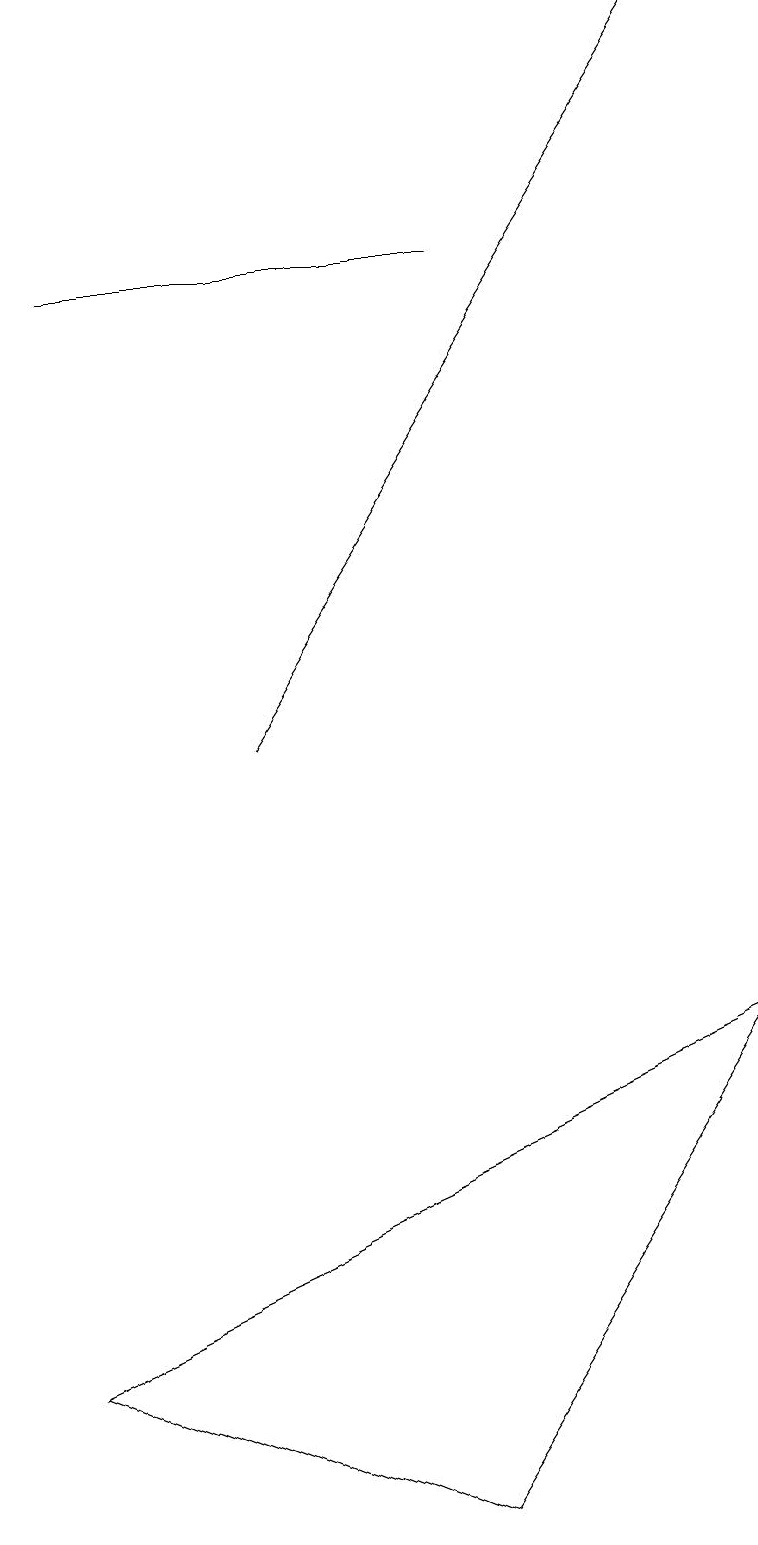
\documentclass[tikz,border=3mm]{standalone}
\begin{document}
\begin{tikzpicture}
\draw (1,16) rectangle (6,16);
\draw[->] (3,10) -- (9,19);
\draw (0,2) -- (9,6) -- (5,0) -- cycle;
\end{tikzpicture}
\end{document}